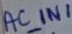
Text: AC_IN1